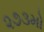
૨૭૩મો